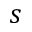
s